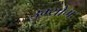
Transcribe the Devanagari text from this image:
उग्योग